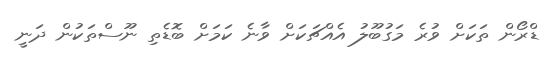
ޑްރޯން ތަކަށް ވުރެ މަގުބޫލު އެއްޗަކަށް ވާނެ ކަމަށް ބޮޑެތި ނޫސްތަކުން ދަނީ